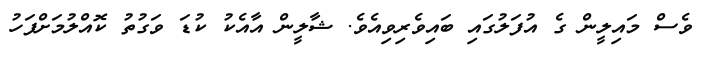
ވެސް މައިލީން ގެ އުފަލުގައި ބައިވެރިވިއެވެ. ޝާލީން އާއެކު ކުޑަ ވަގުތު ކޮއްލުމަށްފަހު